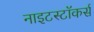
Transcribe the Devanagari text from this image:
नाइटस्टॉकर्स